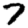
Digit: 7